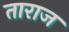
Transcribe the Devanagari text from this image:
ताराज